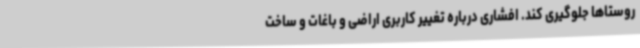
روستاها جلوگیری کند. افشاری درباره تغییر کاربری اراضی و باغات و ساخت